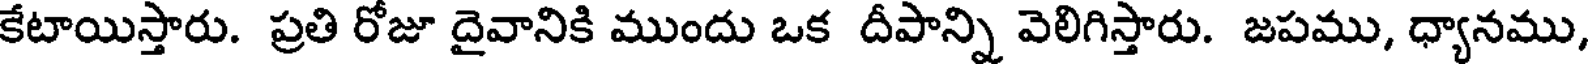
కేటాయిస్తారు. ప్రతి రోజూ దైవానికి ముందు ఒక దీపాన్ని వెలిగిస్తారు. జపము, ధ్యానము,